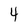
Character: 4